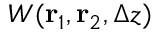
W ( { \bf r } _ { 1 } , { \bf r } _ { 2 } , \Delta z )